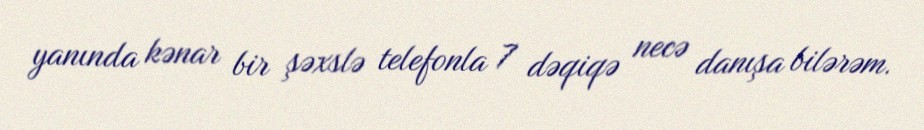
yanında kənar bir şəxslə telefonla 7 dəqiqə necə danışa bilərəm.